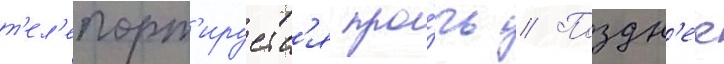
т'ел'епорт'ируетс'я про́чь // Поздн'ее